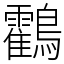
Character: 鸖